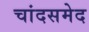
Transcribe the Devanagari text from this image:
चांदसमेद